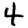
Digit: 4